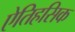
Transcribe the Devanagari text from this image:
एेतिहसिक